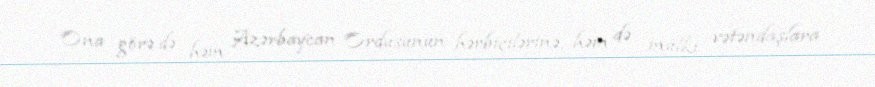
Ona görə də həm Azərbaycan Ordusunun hərbiçilərinə, həm də mülki vətəndaşlara